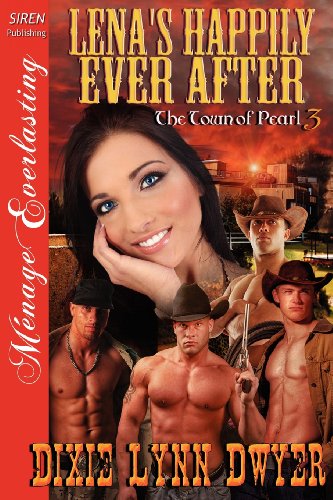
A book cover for Lena's Happily Ever After [Town of Pearl 3] (Siren Publishing Menage Everlasting); Dixie Lynn Dwyer; Romance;